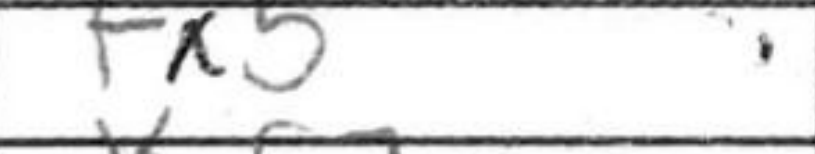
Transcription: fh5